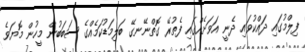
ފިލްމުގައި ދައްކުވައި ދެނީ އަވަށެއްގައި ފެތުރޭ ގޮތްނޭނގޭ ބަލިމަޑުކަމެއްގެ ސަބަބުން މީހުން މޮޔަވެ